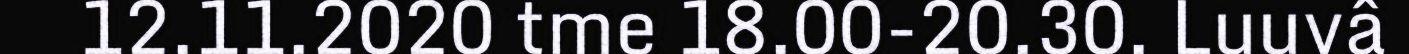
12.11.2020 tme 18.00-20.30. Luuvâ